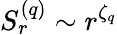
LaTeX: S_{r}^{(q)}\sim r^{\zeta_{q}}